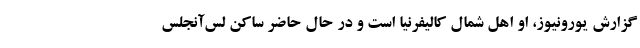
گزارش یورونیوز، او اهل شمال کالیفرنیا است و در حال حاضر ساکن لس‌آنجلس